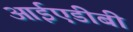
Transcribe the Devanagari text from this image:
आईएडीबी